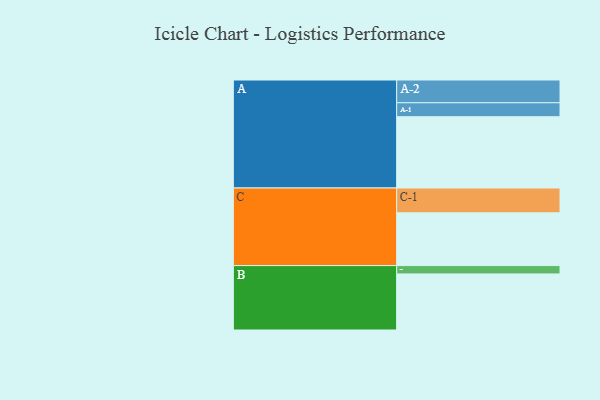
{"axis": {"x": "Segment", "y": "Value"}, "legend": ["", "A", "B", "C"], "data": [{"x": "A", "y": 520, "type": ""}, {"x": "B", "y": 409, "type": ""}, {"x": "C", "y": 385, "type": ""}, {"x": "A-1", "y": 102, "type": "A"}, {"x": "A-2", "y": 166, "type": "A"}, {"x": "B-1", "y": 61, "type": "B"}, {"x": "C-1", "y": 181, "type": "C"}]}